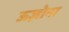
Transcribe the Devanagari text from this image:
ऊज़ोना